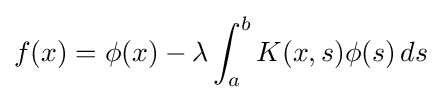
f(x)=\phi (x)-\lambda \int _{a}^{b}K(x,s)\phi (s)\,ds